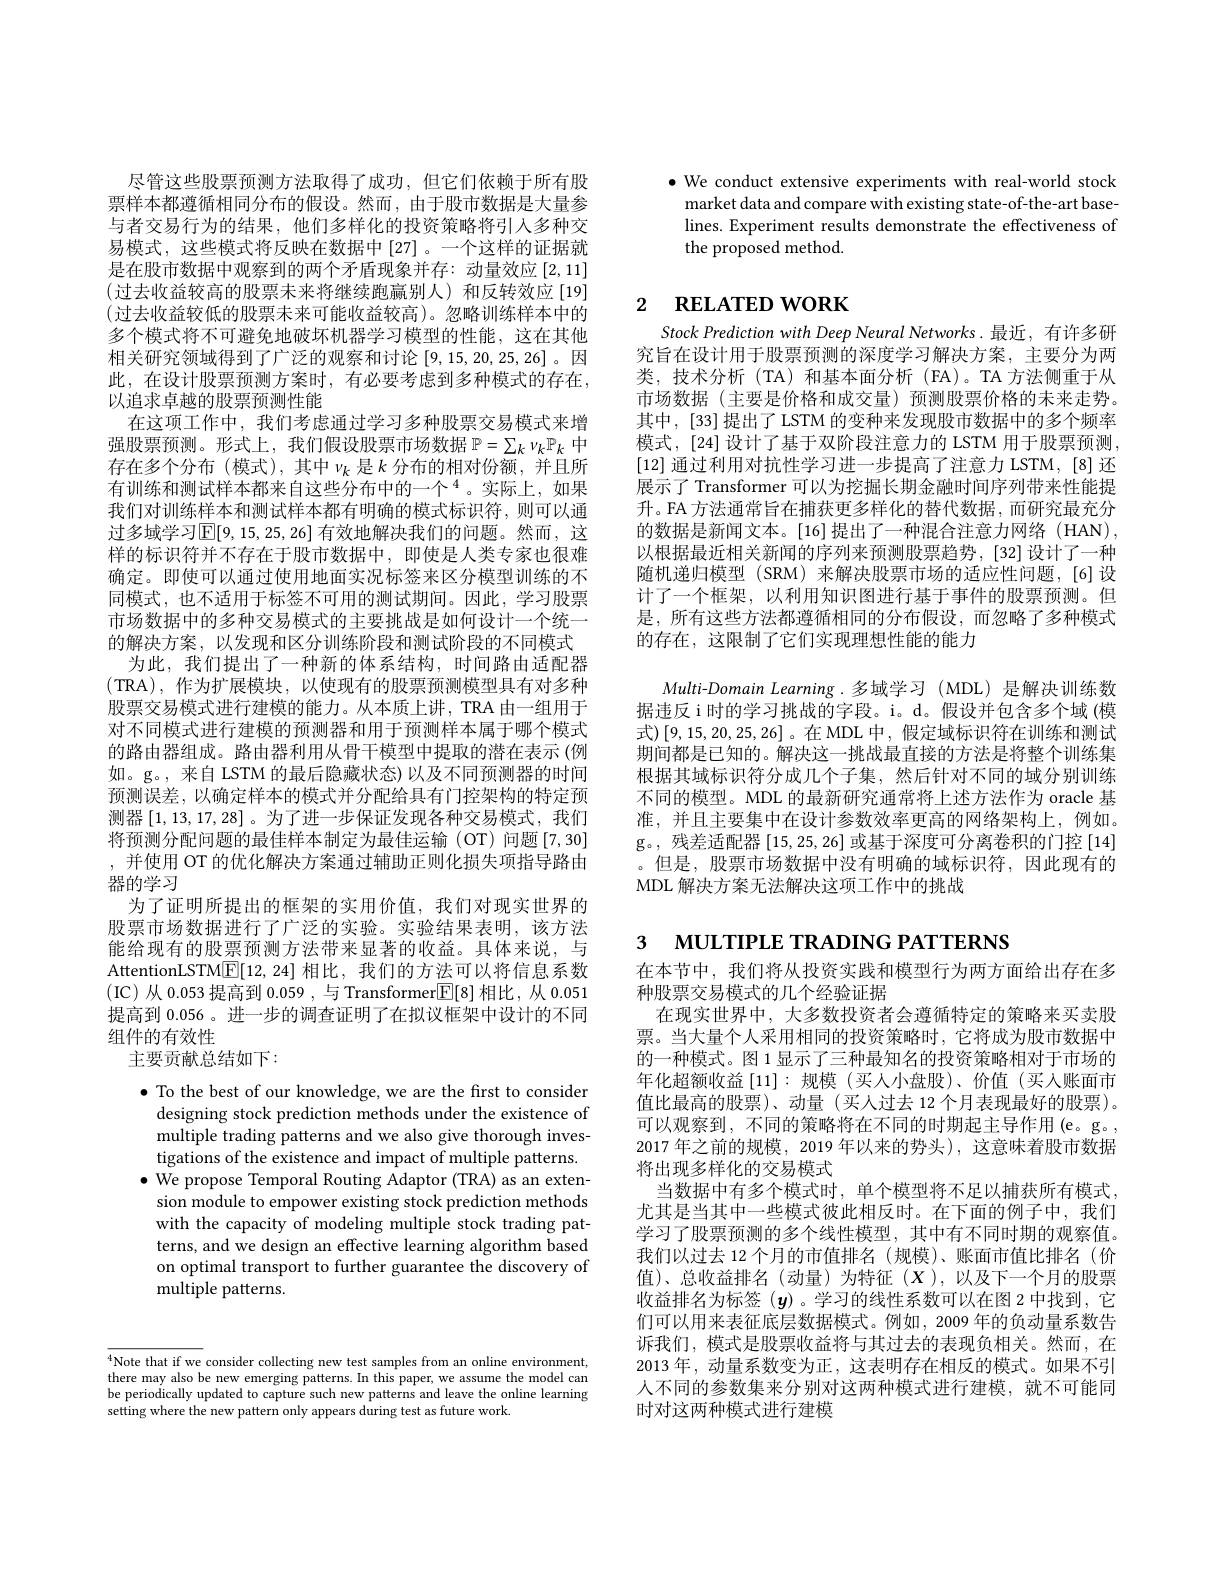
尽管这些股票预测方法取得了成功，但它们依赖于所有股票样本都遵循相同分布的假设。然而，由于股市数据是大量参与者交易行为的结果，他们多样化的投资策略将引入多种交易模式，这些模式将反映在数据中[27]。一个这样的证据就是在股市数据中观察到的两个矛盾现象并存：动量效应[2,11] (过去收益较高的股票未来将继续跑赢别人)和反转效应[19] (过去收益较低的股票未来可能收益较高)。忽略训练样本中的多个模式将不可避免地破坏机器学习模型的性能，这在其他相关研究领域得到了广泛的观察和讨论[9,15,20,25,26] 。因此，在设计股票预测方案时，有必要考虑到多种模式的存在， 以追求卓越的股票预测性能
在这项工作中，我们考虑通过学习多种股票交易模式来增强股票预测。形式上，我们假设股票市场数据$\mathbb{P}=\sum_k\nu_k\mathbb{P}_k$中存在多个分布(模式),其中$\nu_k$ 是$k$ 分布的相对份额，并且所有训练和测试样本都来自这些分布中的一个$^{4}$。实际上，如果我们对训练样本和测试样本都有明确的模式标识符，则可以通过多域学习[E[9,15,25,26]有效地解决我们的问题。然而，这样的标识符并不存在于股市数据中，即使是人类专家也很难确定。即使可以通过使用地面实况标签来区分模型训练的不同模式，也不适用于标签不可用的测试期间。因此，学习股票市场数据中的多种交易模式的主要挑战是如何设计一个统一的解决方案，以发现和区分训练阶段和测试阶段的不同模式
为此，我们提出了一种新的体系结构，时间路由适配器(TRA),作为扩展模块，以使现有的股票预测模型具有对多种股票交易模式进行建模的能力。从本质上讲，TRA 由一组用于对不同模式进行建模的预测器和用于预测样本属于哪个模式的路由器组成。路由器利用从骨干模型中提取的潜在表示 (例如。g。,来自 LSTM 的最后隐藏状态) 以及不同预测器的时间预测误差，以确定样本的模式并分配给具有门控架构的特定预测器[1,13,17,28]。为了进一步保证发现各种交易模式，我们将预测分配问题的最佳样本制定为最佳运输(OT)问题[7,30] ,并使用 OT 的优化解决方案通过辅助正则化损失项指导路由器的学习
为了证明所提出的框架的实用价值，我们对现实世界的股票市场数据进行了广泛的实验。实验结果表明，该方法能给现有的股票预测方法带来显著的收益。具体来说，与AttentionLSTM$\underline{\mathrm{E}}[12,24]$相比，我们的方法可以将信息系数(IC)从0.053 提高到0.059,与 Transformer$\boxed{\mathrm{E}}[8]$相比，从 0.051提高到 0.056 。进一步的调查证明了在拟议框架中设计的不同组件的有效性
主要贡献总结如下：
$\bullet$ To the best of our knowledge, we are the first to consider

designing stock prediction methods under the existence of multiple trading patterns and we also give thorough investigations of the existence and impact of multiple patterns.
$\bullet$ We propose Temporal Routing Adaptor (TRA) as an exten-
sion module to empower existing stock prediction methods with the capacity of modeling multiple stock trading patterns, and we design an effective learning algorithm based on optimal transport to further guarantee the discovery of multiple patterns.

$^{4}$Note that if we consider collecting new test samples from an online environment, there may also be new emerging patterns. In this paper, we assume the model can be periodically updated to capture such new patterns and leave the online learning setting where the new pattern only appears during test as future work.

$\bullet$ We conduct extensive experiments with real-world stock market data and compare with existing state-of-the-art baselines. Experiment results demonstrate the effectiveness of the proposed method.

# 2 RELATED WORK

Stock Prediction with Deep Neural Networks. 最近，有许多研究旨在设计用于股票预测的深度学习解决方案，主要分为两类，技术分析(TA)和基本面分析(FA)。TA 方法侧重于从市场数据(主要是价格和成交量)预测股票价格的未来走势。其中，[33]提出了 LSTM 的变种来发现股市数据中的多个频率模式，[24] 设计了基于双阶段注意力的 LSTM 用于股票预测[12]通过利用对抗性学习进一步提高了注意力 LSTM, [8] 还展示了 Transformer 可以为挖掘长期金融时间序列带来性能提升。FA 方法通常旨在捕获更多样化的替代数据，而研究最充分的数据是新闻文本。[16]提出了一种混合注意力网络(HAN), 以根据最近相关新闻的序列来预测股票趋势，[32]设计了一种随机递归模型(SRM)来解决股票市场的适应性问题，[6]设计了一个框架，以利用知识图进行基于事件的股票预测。但是，所有这些方法都遵循相同的分布假设，而忽略了多种模式的存在，这限制了它们实现理想性能的能力
Multi-Domain Learning.多域学习(MDL)是解决训练数据违反 i 时的学习挑战的字段。i。d。假设并包含多个域(模式)[9,15,20,25,26]。在 MDL 中，假定域标识符在训练和测试期间都是已知的。解决这一挑战最直接的方法是将整个训练集根据其域标识符分成几个子集，然后针对不同的域分别训练不同的模型。MDL 的最新研究通常将上述方法作为 oracle 基准，并且主要集中在设计参数效率更高的网络架构上，例如。g。,残差适配器[15,25,26]或基于深度可分离卷积的门控[14] 。但是，股票市场数据中没有明确的域标识符，因此现有的MDL 解决方案无法解决这项工作中的挑战

3 MULTIPLE TRADING PATTERNS

在本节中，我们将从投资实践和模型行为两方面给出存在多
种股票交易模式的几个经验证据
在现实世界中，大多数投资者会遵循特定的策略来买卖股票。当大量个人采用相同的投资策略时，它将成为股市数据中的一种模式。图 1 显示了三种最知名的投资策略相对于市场的年化超额收益[11]:规模(买人小盘股)、价值(买入账面市值比最高的股票)、动量(买人过去 12 个月表现最好的股票)。可以观察到，不同的策略将在不同的时期起主导作用(e。g。, 2017 年之前的规模，2019 年以来的势头), 这意味着股市数据将出现多样化的交易模式
当数据中有多个模式时，单个模型将不足以捕获所有模式， 尤其是当其中一些模式彼此相反时。在下面的例子中，我们学习了股票预测的多个线性模型，其中有不同时期的观察值。我们以过去 12 个月的市值排名(规模)、账面市值比排名(价值)、总收益排名(动量)为特征(X),以及下一个月的股票收益排名为标签$(\boldsymbol{y})$。学习的线性系数可以在图 2 中找到，它们可以用来表征底层数据模式。例如，2009 年的负动量系数告诉我们，模式是股票收益将与其过去的表现负相关。然而，在2013 年，动量系数变为正 , 这表明存在相反的模式。如果不引人不同的参数集来分别对这两种模式进行建模，就不可能同时对这两种模式进行建模